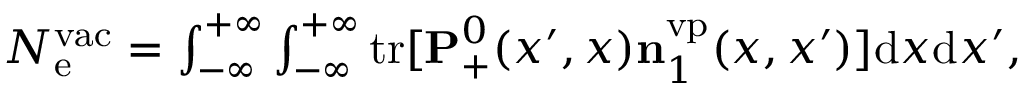
\begin{array} { r } { N _ { \mathrm { e } } ^ { \mathrm { v a c } } = \int _ { - \infty } ^ { + \infty } \int _ { - \infty } ^ { + \infty } \ensuremath { \mathrm { t r } } [ \ensuremath { \mathbf { P } } _ { + } ^ { 0 } ( x ^ { \prime } , x ) \ensuremath { \mathbf { n } } _ { 1 } ^ { \mathrm { v p } } ( x , x ^ { \prime } ) ] \ensuremath { \mathrm { d } } x \ensuremath { \mathrm { d } } x ^ { \prime } , } \end{array}